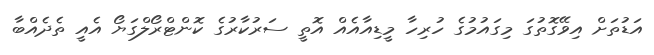
އަޑުތަށް އިވޭގޮތުގަ މިގައުމުގެ ހުރިހާ މީޑިއާއެއް އޮތީ ސަރުކާރުގެ ކޮންޓްރޯލްގަޔޯ އެއީ ތެދެއްބާ